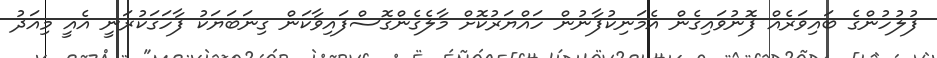
ފުލުހުންގެ ބައިވަރެއް ފޮނުވައިގެން އެމަނިކުފާނުން ހައްޔަރުކޮށް މާލެގެންގޮސްފައިވާކަން ގިނަބަޔަކު ފާހަގަކުރަނީ އެއީ މިއަދު